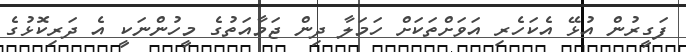
ފަގީރުން އުޅޭ އެކަހެރި އަވަށްތަކަށް ހަމަލާ ދިން ޖަމާއަތުގެ މީހުންނަކީ އެ ދަރިކޮޅުގެ